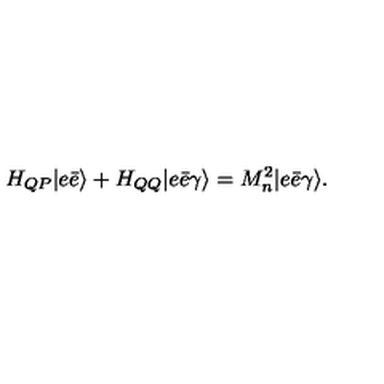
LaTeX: H _ { Q P } | e \bar { e } \rangle + H _ { Q Q } | e \bar { e } \gamma \rangle = M _ { n } ^ { 2 } | e \bar { e } \gamma \rangle .